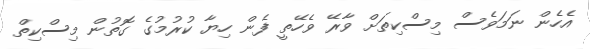
އެހެން ނަމަވެސް މިސްކިތަށް ވާރޭ ވެހޭތީ ފެން ހިޔާ ކުރުމުގެ ގޮތުން މިސްކިތް